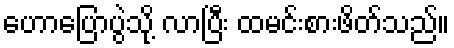
ဟောပြောပွဲသို့ လာပြီး ထမင်းစားဖိတ်သည်။